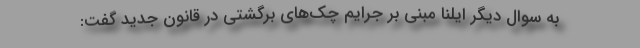
به سوال دیگر ایلنا مبنی بر جرایم چک‌های برگشتی در قانون جدید گفت: